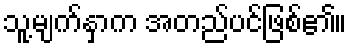
သူ့မျက်နှာက အတည်ပင်ဖြစ်၏။